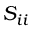
S _ { i i }